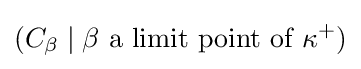
(C_{\beta }\mid \beta {\text{ a limit point of }}\kappa ^{+})